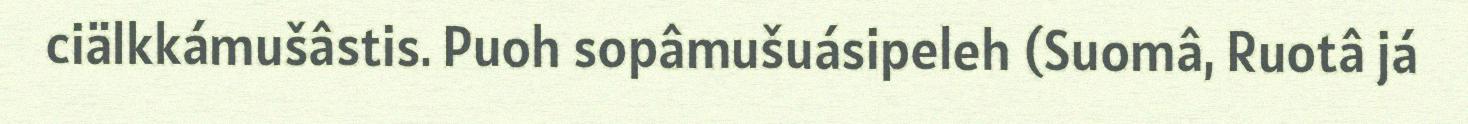
ciälkkámušâstis. Puoh sopâmušuásipeleh (Suomâ, Ruotâ já